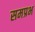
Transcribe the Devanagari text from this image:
समप्रभ